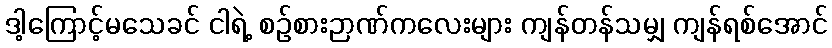
ဒါ့ကြောင့်မသေခင် ငါရဲ့ စဉ်စားဉာဏ်ကလေးများ ကျန်တန်သမျှ ကျန်ရစ်အောင်